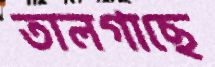
তালগাছে